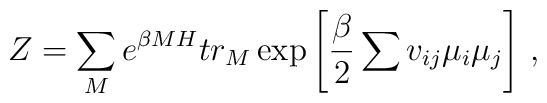
Z=\sum_{M}e^{\beta MH} tr_{M}\exp \left[ \frac{\beta}{2}\sum  v_{ij}\mu_{i}\mu _{j}\right] \, ,